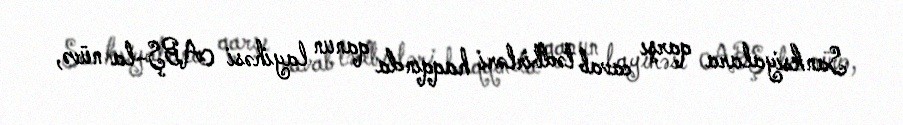
Sanksiyalara qarşı cavab tədbirləri haqqında qanun layihəsi ABŞ-la nüvə,